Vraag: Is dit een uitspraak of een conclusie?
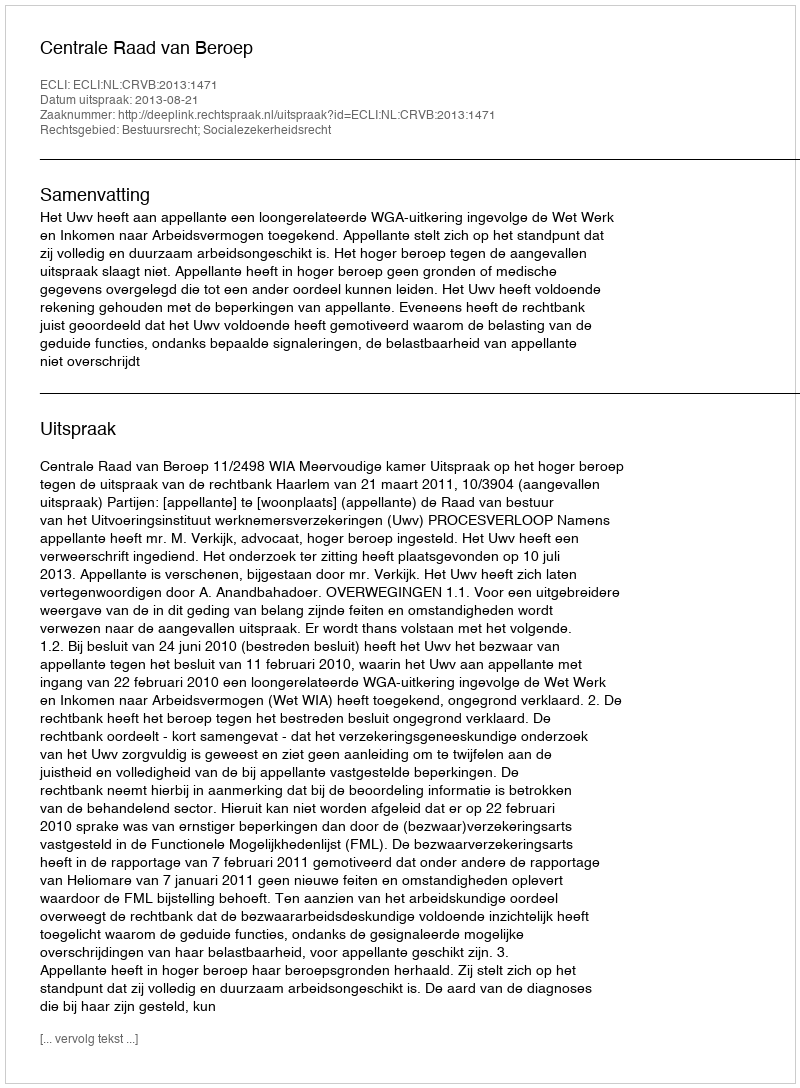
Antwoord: Uitspraak